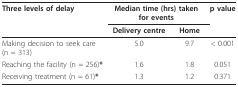
| Three levels of delay | <COLSPAN=2> Median time (hrs) taken for events | p value |
 |  | Delivery centre | Home |  |
 | --- | --- | --- | --- |
 | Making decision to seek care (n = 313) | 5.0 | 9.7 | < 0.001 |
 | Reaching the facility (n = 256)* | 1.6 | 1.8 | 0.051 |
 | Receiving treatment (n = 61)* | 1.3 | 1.2 | 0.371 |